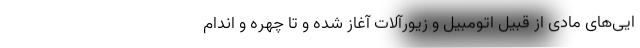
ایی‌های مادی از قبیل اتومبیل و زیورآلات آغاز شده و تا چهره و اندام